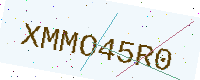
Text: XMMO45R0